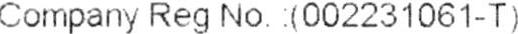
COMPANY REG NO.: (002231061-T)